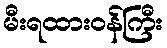
မီးရထားဝန်ကြီး